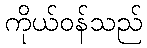
ကိုယ်ဝန်သည်